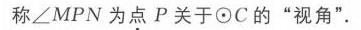
称\(\angle MPN\)为点\(P\)关于\(\odot C\)的“视角”.